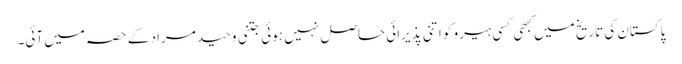
پاکستان کی تاریخ میں کبھی کسی ہیرو کو اتنی پذیرائی حاصل نہیں ہوئی جتنی وحید مراد کے حصہ میں آئی۔